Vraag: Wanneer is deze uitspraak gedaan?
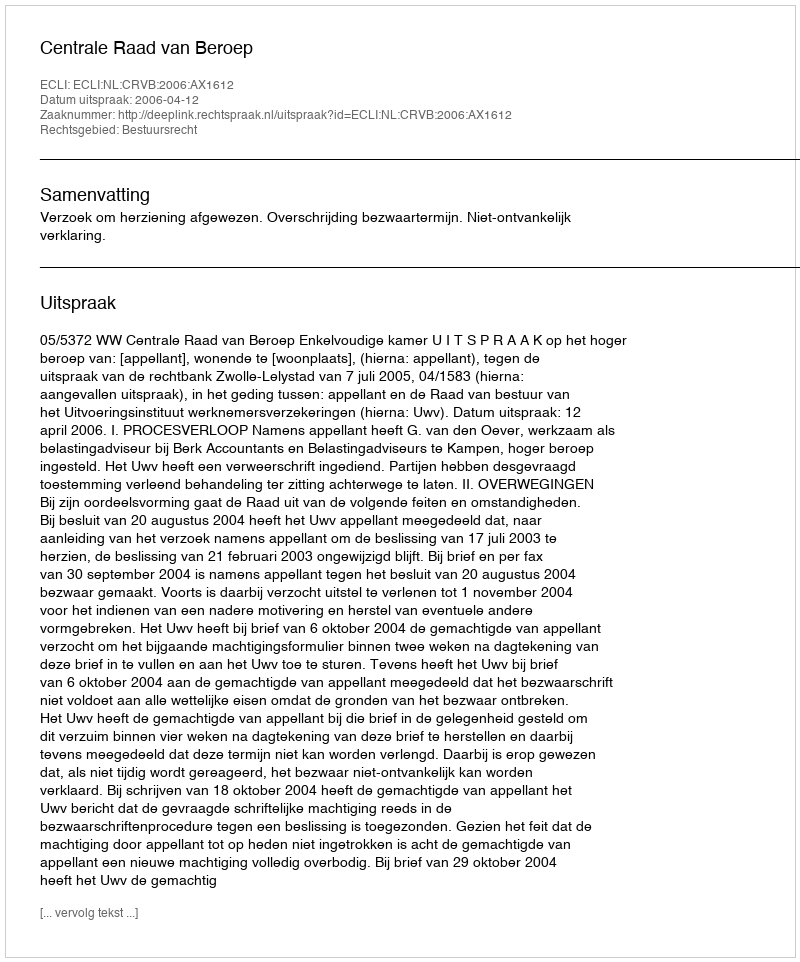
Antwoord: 2006-04-12